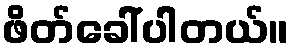
ဖိတ်ခေါ်ပါတယ်။